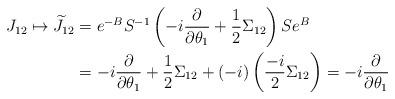
LaTeX: \begin{align*} J_{12}\mapsto\widetilde{J}_{12}&= e^{-B}S^{-1}\left(-i\frac{\partial}{\partial \theta_1}+\frac{1}{2}\Sigma_{12} \right)S e^{B}\\ &=-i\frac{\partial}{\partial \theta_1}+\frac{1}{2}\Sigma_{12}+(-i)\left(\frac{-i}{2}\Sigma_{12}\right)=-i\frac{\partial}{\partial \theta_1}\end{align*}